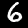
Label: 6